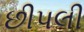
છીપલી